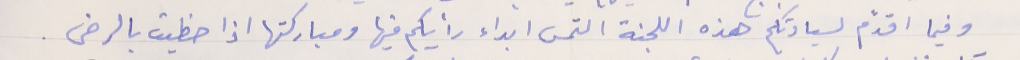
وفيما اقدّم لسيادتكم هذه اللجنة التمس ابداء رأيكم فيها ومباركتها اذا حظيت بالرضى.